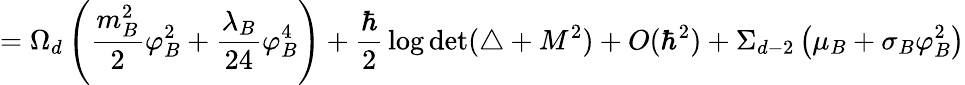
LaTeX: =\Omega_{d}\left({\frac{m_{B}^{2}}{2}}\varphi_{B}^{2}+{\frac{\lambda_{B}}{24}}\varphi_{B}^{4}\right)+{\frac{\hbar}{2}}\log\operatorname*{det}(\triangle+M^{2})+O(\hbar^{2})+\Sigma_{d-2}\left(\mu_{B}+\sigma_{B}\varphi_{B}^{2}\right)